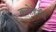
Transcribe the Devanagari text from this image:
क्लोहेसी